65_HS1-834228961_62-HQ-83894_Section_7
Agency: FBI
Page 123
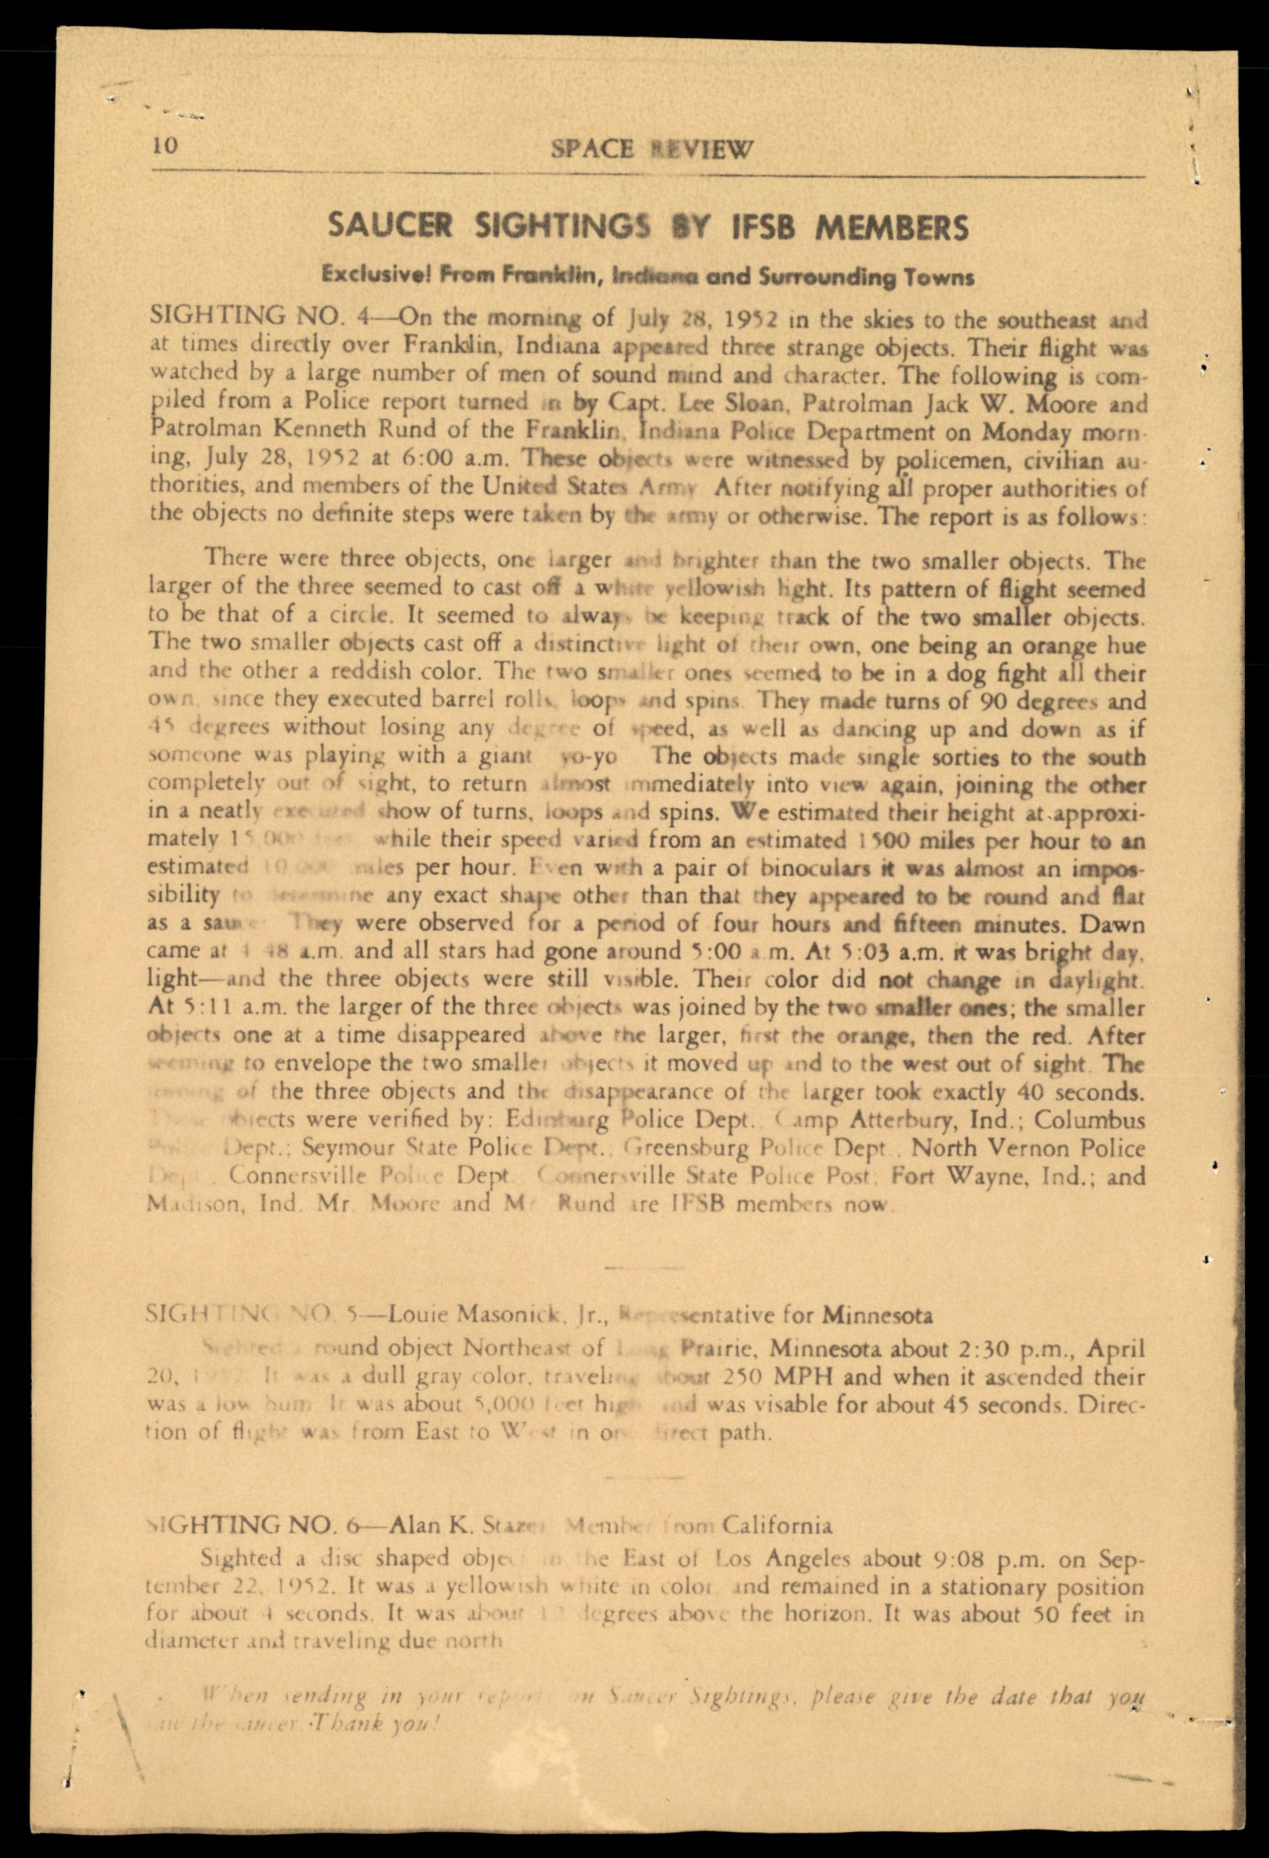